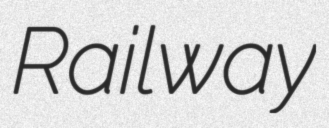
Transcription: Railway